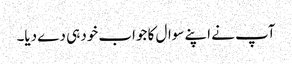
آپ نے اپنے سوال کا جواب خود ہی دے دیا۔